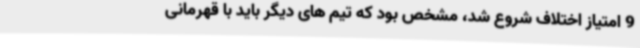
9 امتیاز اختلاف شروع شد، مشخص بود که تیم های دیگر باید با قهرمانی